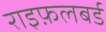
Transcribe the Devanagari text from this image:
राइफ़लबर्ड